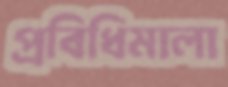
প্রবিধিমালা